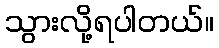
သွားလို့ရပါတယ်။